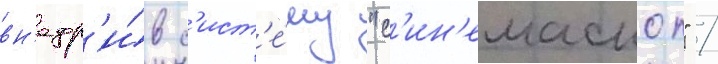
вн'едр'и́в с'ист'е́му "с'ин'емаскоп" /